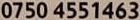
0750 4551463